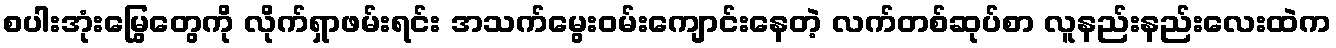
စပါးအုံးမြွေတွေကို လိုက်ရှာဖမ်းရင်း အသက်မွေးဝမ်းကျောင်းနေတဲ့ လက်တစ်ဆုပ်စာ လူနည်းနည်းလေးထဲက